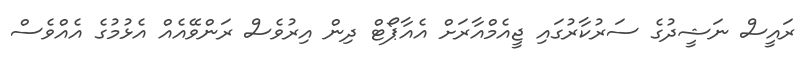
ރައީސް ނަޝީދުގެ ސަރުކާރުގައި ޖީއެމްއާރަށް އެއާޕޯޓް ދިން އިރުވެސް ރަންވޭއެއް އެޅުމުގެ އެއްވެސް